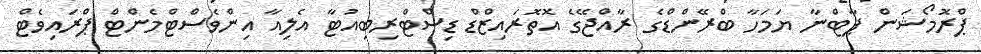
ޕްރޮމޯޝަން ޕާޓްނާ ޔަމަހާ ބްރޭންޑްގެ ރާއްޖޭގެ އޮތޮރައިޒްޑް ޑިސްޓްރިބިއުޓާ އެލިއާ އިންވެސްޓްމެންޓް ޕްރައިވެޓް